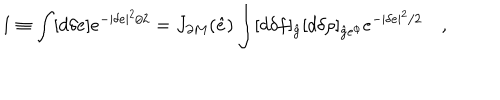
1 \equiv \int [ d \delta e ] e ^ { - | \delta e | ^ { 2 } / 2 } = J _ { \partial M } ( \hat { e } ) \int [ d \delta f ] _ { \hat { g } } [ d \delta \rho ] _ { { \hat { g } } e ^ { \phi } } e ^ { - | \delta e | ^ { 2 } / 2 } \quad ,